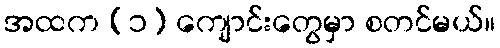
အထက (၁) ကျောင်းတွေမှာ စတင်မယ်။